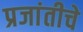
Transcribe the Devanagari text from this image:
प्रजांतीचे